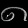
Digit: ၈